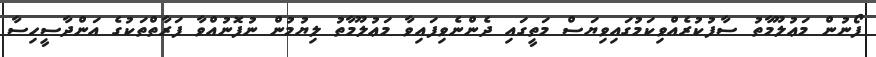
ފޯނުން މަޢުލޫމާތު ސާފުކުރެއްވިކަމުގައިވިޔަސް މަތީގައި ދެންނެވިފައިވާ މަޢުލޫމާތު ލިޔުމުން ނުފޮނުއްވާ ފަރާތްތަކުގެ އަންދާސީހިސާ